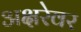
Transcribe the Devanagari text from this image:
अक्षरेवर